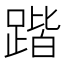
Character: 𲃱